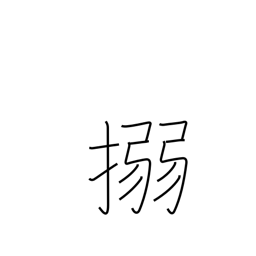
Meaning: bind